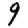
Digit: 9